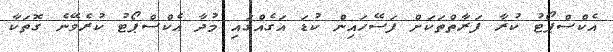
އެކްސްޕޯޓު ކުރާ ފަރާތްތަކަށް ފަސޭހައިން ކުޑަ އަގެއްގައި މުދާ އެކްސްޕޯޓު ކުރެވޭނެ ގޮތަކާ